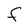
Character: F